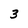
Character: 3